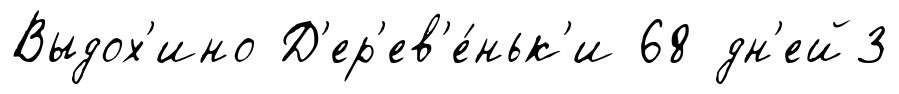
Выдох'ино Д'ер'ев'е́ньк'и 68 дн'ей3